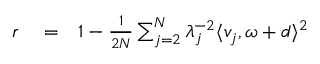
\begin{array} { r l r } { r } & { { } = } & { 1 - \frac { 1 } { 2 N } \sum _ { j = 2 } ^ { N } \lambda _ { j } ^ { - 2 } \langle v _ { j } , \omega + d \rangle ^ { 2 } } \end{array}